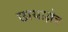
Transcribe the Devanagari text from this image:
छायाक्षेत्र